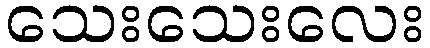
သေးသေးလေး